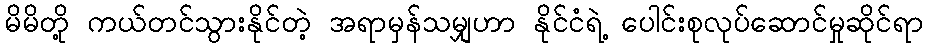
မိမိတို့ ကယ်တင်သွားနိုင်တဲ့ အရာမှန်သမျှဟာ နိုင်ငံရဲ့ ပေါင်းစုလုပ်ဆောင်မှုဆိုင်ရာ